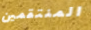
المنتقمين